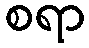
စရာ